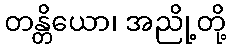
တန္တိယော၊ အညို့တို့